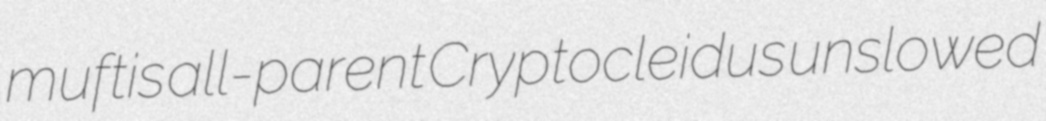
muftis all-parent Cryptocleidus unslowed